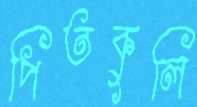
পিতকুলি